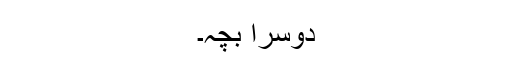
دوسرا بچہ۔